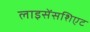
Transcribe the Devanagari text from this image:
लाइसेंसशिएट